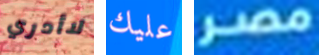
لاأدري عليك مصر